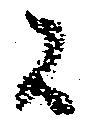
候